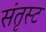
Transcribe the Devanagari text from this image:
संतृस्ट